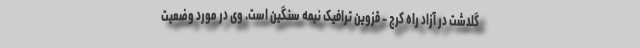
گلدشت در آزاد راه کرج - قزوین ترافیک نیمه سنگین است. وی در مورد وضعیت